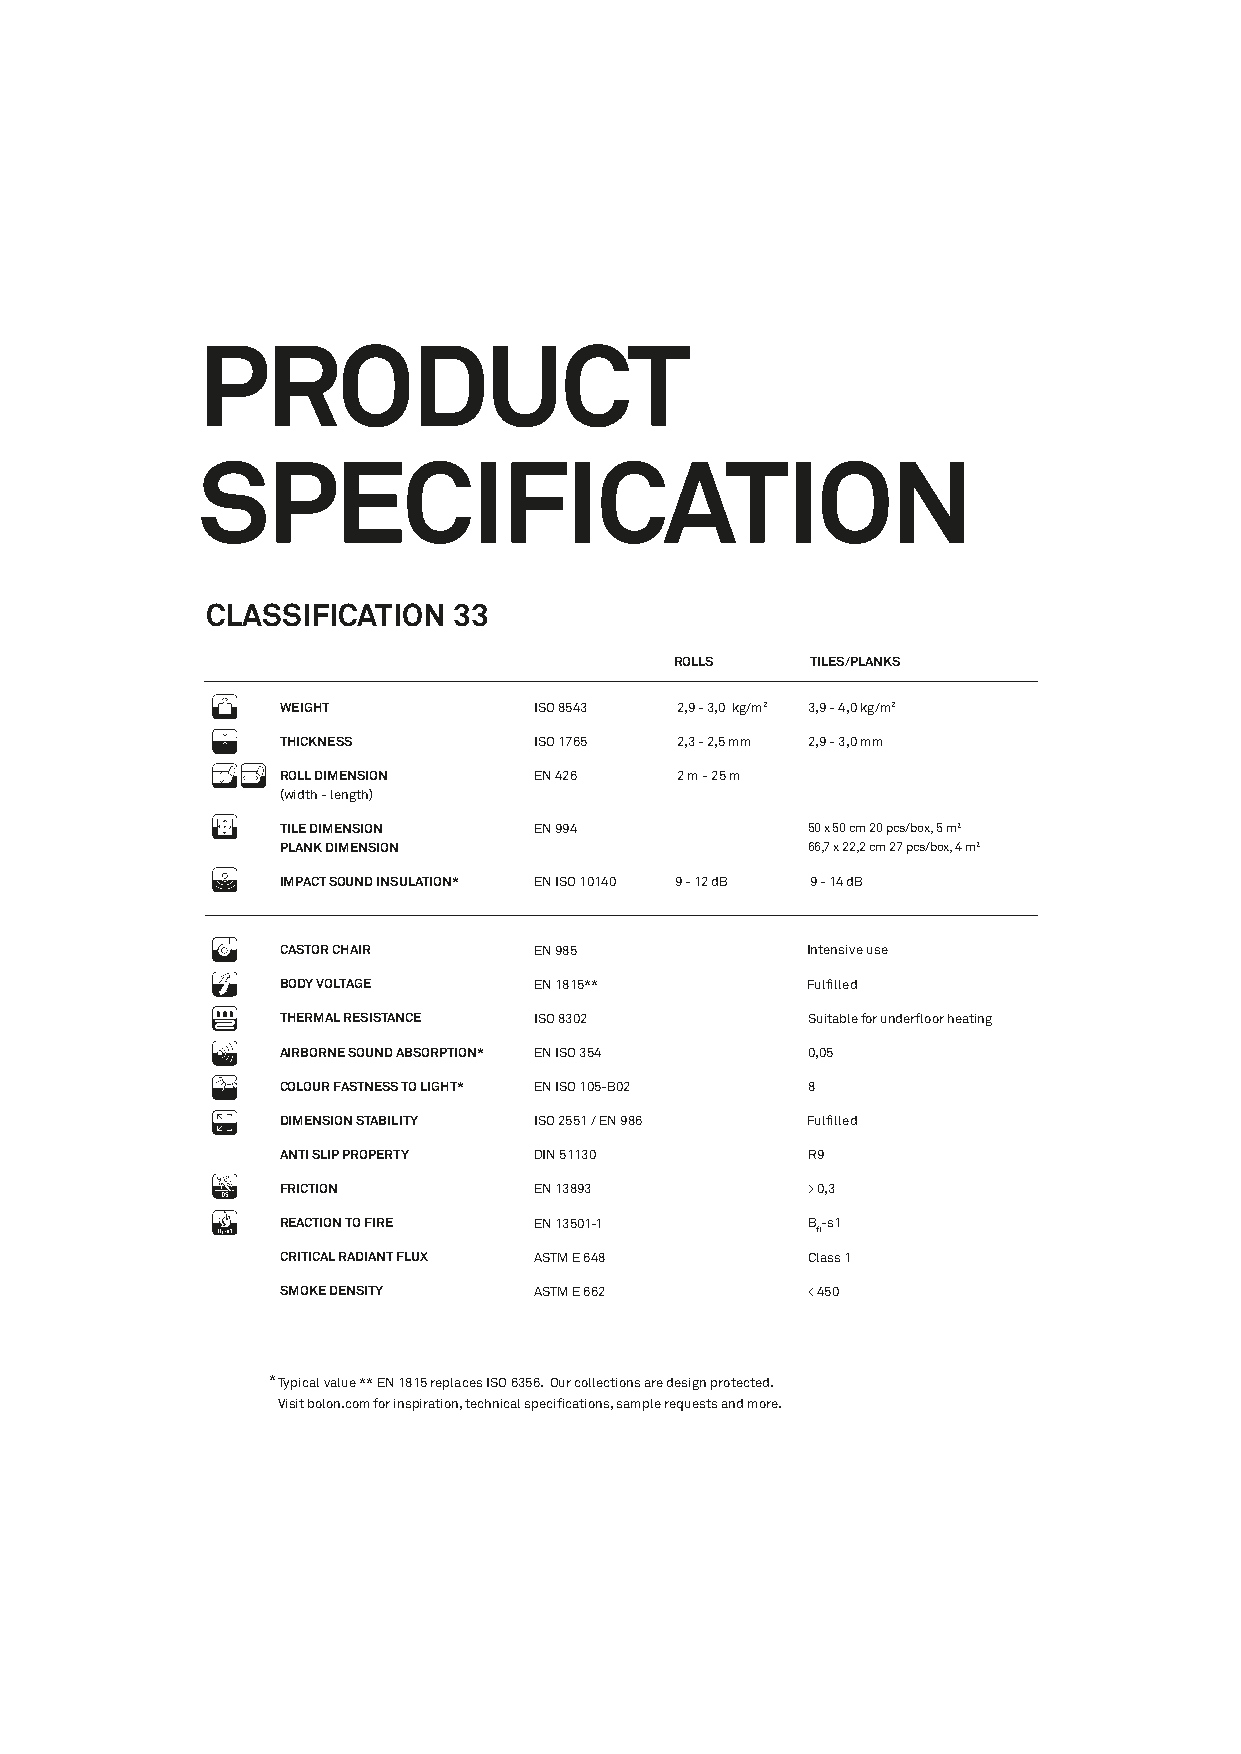
PRODUCT
 SPECIFICATION
 CLASSIFICATION  33
 ROLLS    TILES/PLANKS
 .
 1    WEIGHT          ISO 8543  2,9 - 3,0 kg/m2 3,9 - 4,0 kg/m2
 , 9  THICKNESS       ISO 1765  2,3 - 2,5 mm 2,9 - 3,0 mm
 ROLL DIMENSION  EN 426    2 m - 25 m
 /    (width - length)
 TILE DIMENSION  EN 994            50 x 50 cm 20 pcs/box, 5 m2
 s    PLANK DIMENSION                   66,7 x 22,2 cm 27 pcs/box, 4 m2
 IMPACT SOUND INSULATION* EN ISO 10140 9 - 12 dB 9 - 14 dB
 g
 L    CASTOR CHAIR    EN 985            Intensive use
 e    BODY VOLTAGE    EN 1815**         Fulfilled
 q    THERMAL RESISTANCE ISO 8302        Suitable for underfloor heating
 p    AIRBORNE SOUND ABSORPTION* EN ISO 354 0,05
 2    COLOUR FASTNESS TO LIGHT* EN ISO 105-B02 8
 DIMENSION STABILITY ISO 2551 / EN 986 Fulfilled
 Z    ANTI SLIP PROPERTY DIN 51130      R9
 R    FRICTION        EN 13893          > 0,3
 REACTION TO FIRE EN 13501-1       B-s1
 fl
 CRITICAL RADIANT FLUX ASTM E 648  Class 1
 SMOKE DENSITY   ASTM E 662        < 450
 * Typical value ** EN 1815 replaces ISO 6356. Our collections are design protected.
 Visit bolon.com for inspiration, technical specifications, sample requests and more.